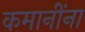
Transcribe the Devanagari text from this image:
कमानींना